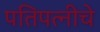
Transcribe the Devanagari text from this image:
पतिपत्नीचे